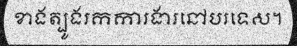
ខាងត្បូងរកការងារនៅបរទេស។